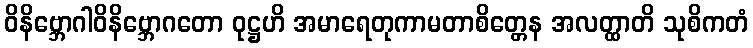
ဝိနိဗ္ဘောဂါဝိနိဗ္ဘောဂတော ဝုဋ္ဌဟိ အမာရေတုကာမတာစိတ္တေန အလတ္ထာတိ သုစိကတံ